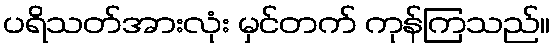
ပရိသတ်အားလုံး မှင်တက် ကုန်ကြသည်။